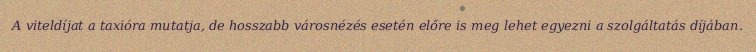
A viteldíjat a taxióra mutatja, de hosszabb városnézés esetén előre is meg lehet egyezni a szolgáltatás díjában.